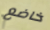
خاضع